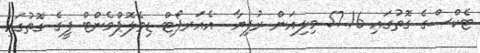
ޓެކްސްގެ ގޮތުގައި 57.16 މިލިއަން ރުފިޔާ  އެއަރޕޯޓް ޑިވެލޮޕްމެންޓް ފީގެ ގޮތުގައި